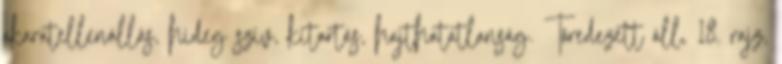
akaratellenállás, hideg szív, kitartás, hajthatatlanság. Töredezett áll, 18. rajz,